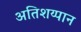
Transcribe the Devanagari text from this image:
अतिशय्पान